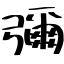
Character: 彌